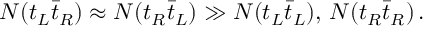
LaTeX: N ( t _ { L } \bar { t } _ { R } ) \approx N ( t _ { R } \bar { t } _ { L } ) \gg N ( t _ { L } \bar { t } _ { L } ) , \, N ( t _ { R } \bar { t } _ { R } ) \, .